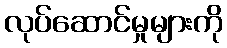
လုပ်ဆောင်မှုများကို